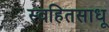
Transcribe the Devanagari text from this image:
स्वहितसाधू